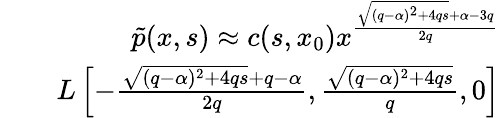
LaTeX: \begin{array}{rlr}&{}&{\tilde{p}(x,s)\approx c(s,x_{0})x^{\frac{\sqrt{(q-\alpha)^{2}+4qs}+\alpha-3q}{2q}}}\\ &{}&{L\left[-\frac{\sqrt{(q-\alpha)^{2}+4qs}+q-\alpha}{2q},\frac{\sqrt{(q-\alpha)^{2}+4qs}}{q},0\right]}\end{array}